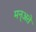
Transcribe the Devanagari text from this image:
मन्अते